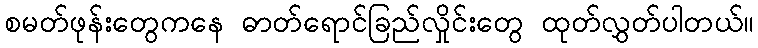
စမတ်ဖုန်းတွေကနေ ဓာတ်ရောင်ခြည်လှိုင်းတွေ ထုတ်လွှတ်ပါတယ်။